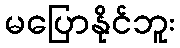
မပြောနိုင်ဘူး